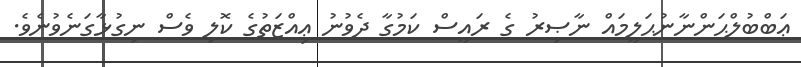
ޢަބްބުލްޙަންނާނުޙަލީމައް ނާޞިރު ގެ ރައީސް ކަމުގާ ދެވުނު ޢިއްޒަތުގެ ކޮލި ވެސް ނިގުޅާގަނެވުނެވެ.